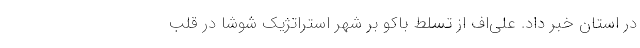
در استان خبر داد. علی‌اف از تسلط باکو بر شهر استراتژیک شوشا در قلب